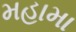
મહામા